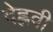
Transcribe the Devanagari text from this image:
देह्लवी